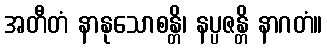
အတီတံ နာနုသောစန္တိ၊ နပ္ပဇန္တိ နာဂတံ။